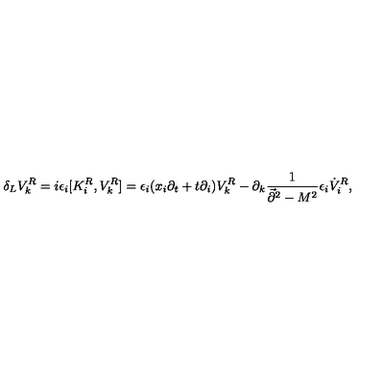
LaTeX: \delta _ { L } V _ { k } ^ { R } = i \epsilon _ { i } [ K _ { i } ^ { R } , V _ { k } ^ { R } ] = \epsilon _ { i } ( x _ { i } \partial _ { t } + t \partial _ { i } ) V _ { k } ^ { R } - \partial _ { k } { \frac { 1 } { \vec { \partial } ^ { 2 } - M ^ { 2 } } } \epsilon _ { i } \dot { V } _ { i } ^ { R } ,